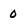
Character: 0